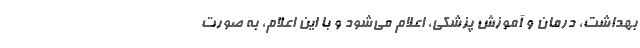
بهداشت، درمان و آموزش پزشکی، اعلام می‌شود و با این اعلام، به صورت